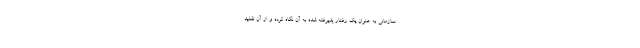
سازمانی به عنوان یک رفتار پذیرفته شده به آن نگاه کرده و از آن تقلید